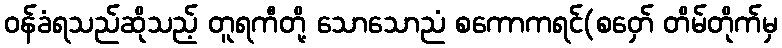
ဝန်ခံရသည်ဆိုသည့် တူရကီတို့ သောသောညံ စကောကရင်(စဝှော် တိမ်တိုက်မှ